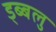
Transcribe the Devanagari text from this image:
ड्ब्बलु